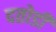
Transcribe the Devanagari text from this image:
दतोडी